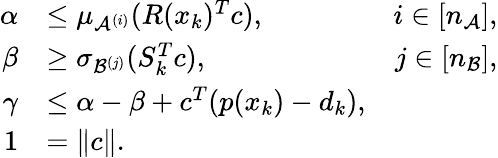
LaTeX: \begin{array}{rlr}{\alpha}&{\leq\mu_{\mathcal{A}^{(i)}}(R(x_{k})^{T}c),}&{i\in[n_{\mathcal{A}}],}\\ {\beta}&{\geq\sigma_{\mathcal{B}^{(j)}}(S_{k}^{T}c),}&{j\in[n_{\mathcal{B}}],}\\ {\gamma}&{\leq\alpha-\beta+c^{T}(p(x_{k})-d_{k}),}\\ {1}&{=\| c\| .}\end{array}